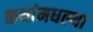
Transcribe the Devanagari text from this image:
कथांमधल्या